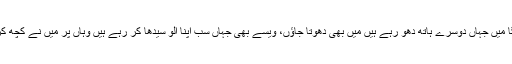
اس لئے بہتر یہی ہے کہ انہیں ہواؤں کے رخ پر اپنا رخ کر لوں اور بہتی گنگا میں جہاں دوسرے ہاتھ دھو رہے ہیں میں بھی دھوتا جاؤں، ویسے بھی جہاں سب اپنا الو سیدھا کر رہے ہیں وہاں پر میں نے کچھ کر لیا تو کوئی فرق نہیں پڑتا یا پھر چھوڑوں اس ملک کو، اور کہیں چلتے ہیں۔